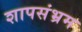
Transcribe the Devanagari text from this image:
शापसंभ्रम